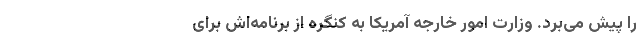
را پیش می‌برد. وزارت امور خارجه آمریکا به کنگره از برنامه‌اش برای